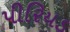
પીરિયડ